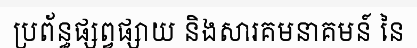
ប្រព័ន្ធផ្សព្វផ្សាយ និងសារគមនាគមន៍ នៃ